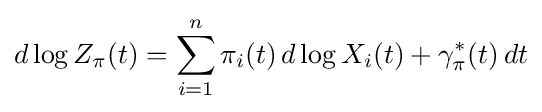
d\log Z_{\pi }(t)=\sum _{i=1}^{n}\pi _{i}(t)\,d\log X_{i}(t)+\gamma _{\pi }^{*}(t)\,dt